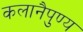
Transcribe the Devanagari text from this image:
कलानैपुण्य